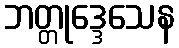
ဘတ္တုဒ္ဒေသေန